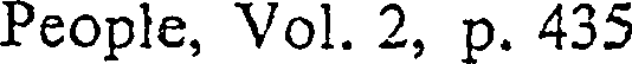
People, Vol. 2, p. 435